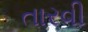
તારવી